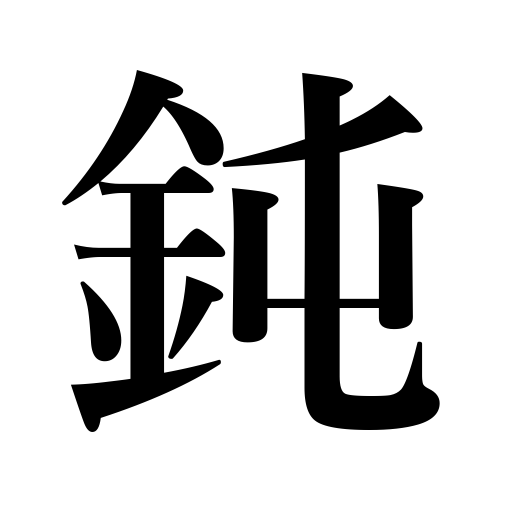
Meanings: weaken,dim light,slow,dullness,blunt tool,become dull,slowness,dull,foolishness,thick voice